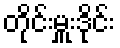
တိုင်းမှူးဒိုင်း